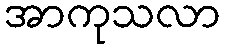
အာကုသလာ